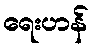
ရေးဟန်